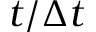
t / \Delta t